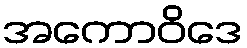
အကောဝိဒေ